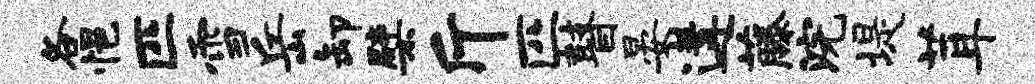
各悒匹雪岳卸檗斤匹瞽晏遘藤浣堤茸